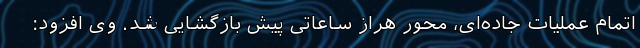
اتمام عملیات جاده‌ای، محور هراز ساعاتی پیش بازگشایی شد. وی افزود: